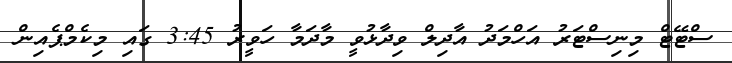
ސްޓޭޓް މިނިސްޓަރު އަހްމަދު އާދިލް ވިދާޅުވީ މާދަމާ ހަވީރު 3:45 ގައި މިކެމްޕެއިން